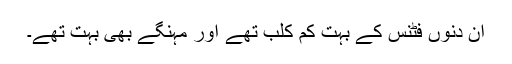
ان دنوں فٹنس کے بہت کم کلب تھے اور مہنگے بھی بہت تھے۔